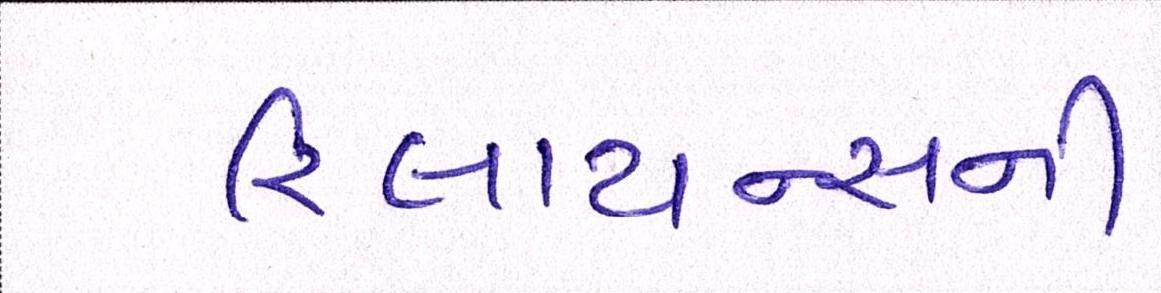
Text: રિલાયન્સની